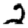
Digit: 2